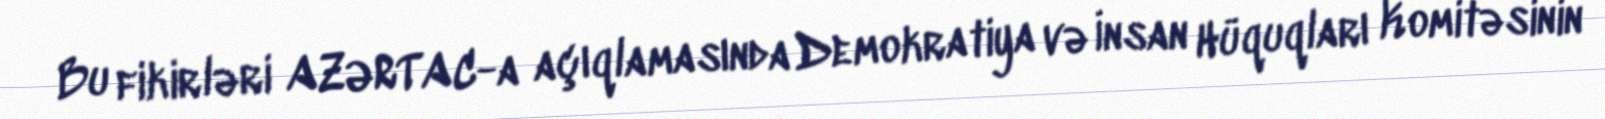
Bu fikirləri AZƏRTAC-a açıqlamasında Demokratiya və İnsan Hüquqları Komitəsinin